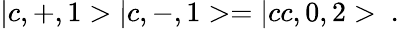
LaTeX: |c,+,1>|c,-,1>=|cc,0,2>\ .